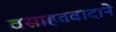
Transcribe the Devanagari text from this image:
वसाहतवादाने